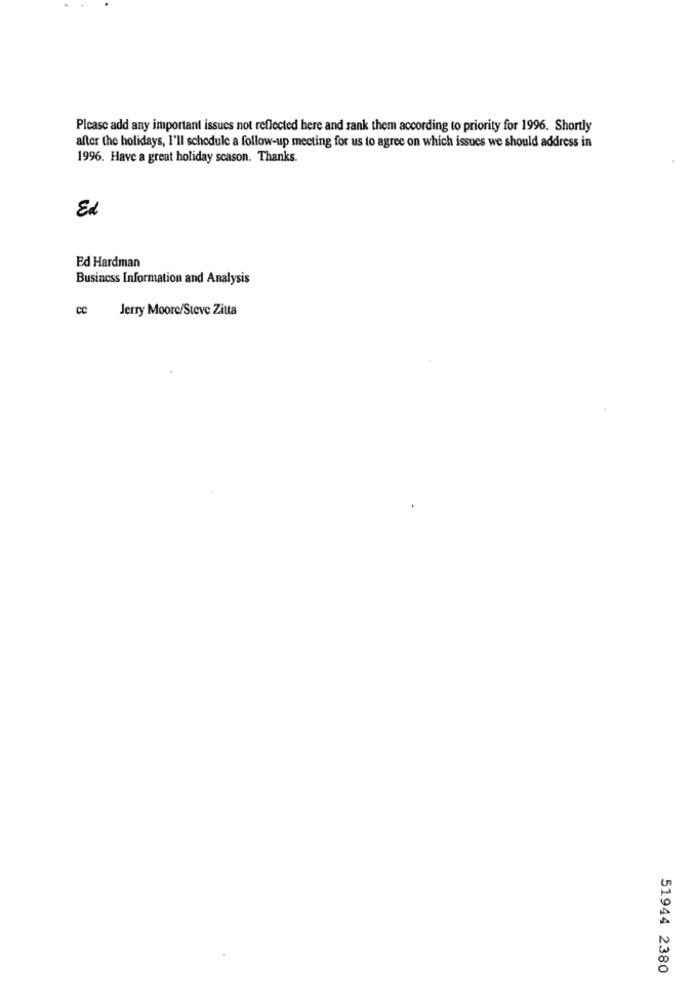
Please add any important issues not reflected here and rank them according to priority for 1996. Shortly
after the holidays, I'll schedule a follow-up meeting for us to agree on which issues we should address in
1996. Have a great holiday season. Thanks.
Ed
Ed Hardman
Business Information and Analysis
CC
Jerry Moore/Steve Zitta
51944 2380